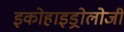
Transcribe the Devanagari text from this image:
इकोहाइड्रोलोजी